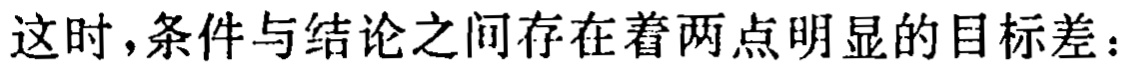
这时，条件与结论之间存在着两点明显的目标差：